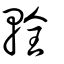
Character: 輇